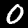
Label: 0